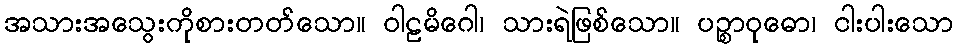
အသားအသွေးကိုစားတတ်သော။ ဝါဠမိဂေါ၊ သားရဲဖြစ်သော။ ပဉ္စာဝုဓော၊ ငါးပါးသော